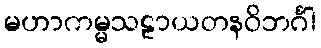
မဟာကမ္မသဠာယတနဝိဘင်္ဂါ